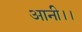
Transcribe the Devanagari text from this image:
आनी।।